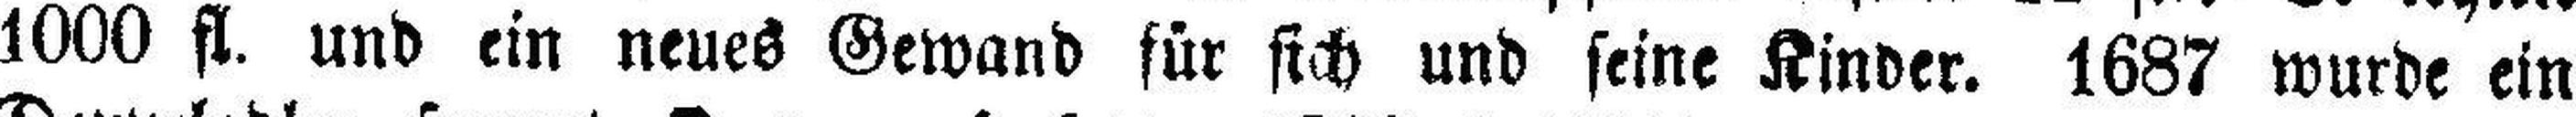
1000 fl. und ein neues Gewand für sich und seine Kinder. 1687 wurde ein